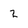
Character: 2